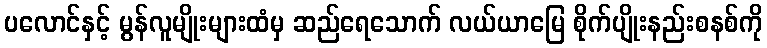
ပလောင်နှင့် မွန်လူမျိုးများထံမှ ဆည်ရေသောက် လယ်ယာမြေ စိုက်ပျိုးနည်းစနစ်ကို